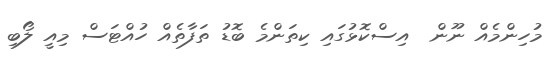
މުހިންމެއް ނޫން  އިސްކޮޅުގައި ކިތަންމެ ބޮޑު ތަފާތެއް ހުއްޓަސް މިއީ ލޯބި